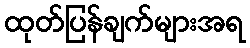
ထုတ်ပြန်ချက်များအရ